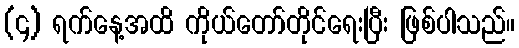
(၄) ရက်နေ့အထိ ကိုယ်တော်တိုင်ရေးပြီး ဖြစ်ပါသည်။